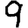
Digit: 9